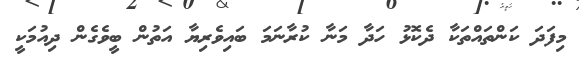
މިފަދަ ކަންތައްތަކާ ދެކޮޅު ހަދާ މަނާ ކުރާނަމަ ބައިވެރިޔާ އަތުން ބީވެގެން ދިއުމަކީ